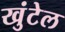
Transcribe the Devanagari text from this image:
खुंटेल